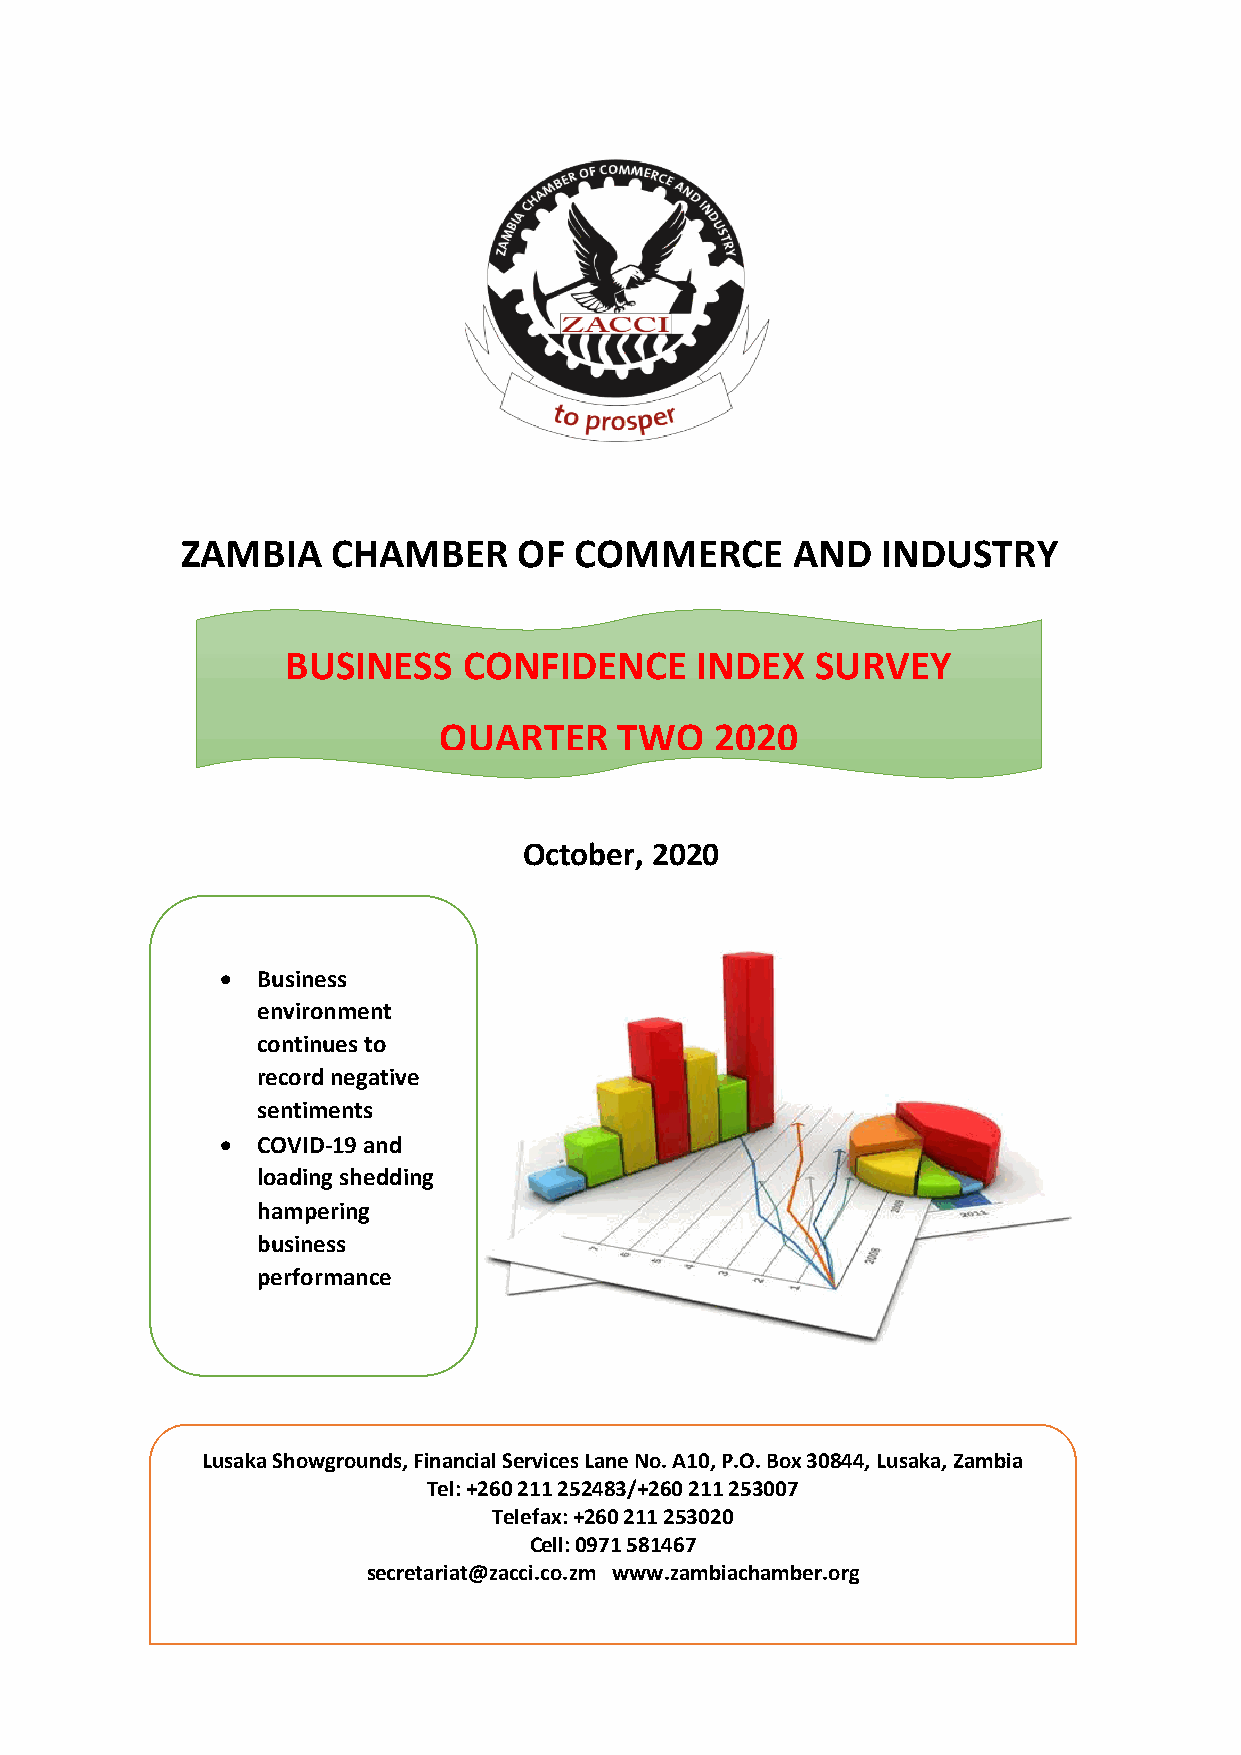
ZAMBIA    CHAMBER     OF  COMMERCE      AND   INDUSTRY
 BUSINESS    CONFIDEN    CE INDEX   SURVEY
 QUARTER     TWO   2020
 October, 2020
  Business
 environment
 continues to
 record negative
 sentiments
  COVID-19 and
 loading shedding
 hampering
 business
 performance
 Lusaka Showgrounds, Financial Services Lane No. A10, P.O. Box 30844, Lusaka, Zambia
 Tel : +260 211 252483/+260 211 253007
 Telefax: +260 211 253020
 Cell: 0971 581467
 secretariat@zacci.co.zm www.zambiachamber.org